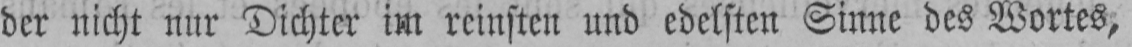
der nicht nur Dichter im reinsten und edelsten Sinne des Wortes,